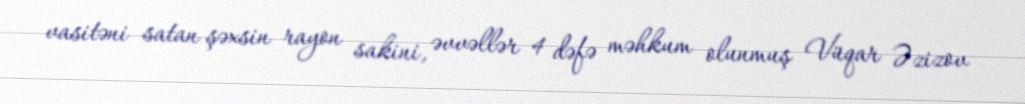
vasitəni satan şəxsin rayon sakini, əvvəllər 4 dəfə məhkum olunmuş Vüqar Əzizov